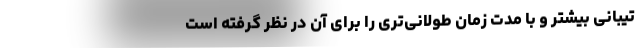
تیبانی‌ بیشتر و با مدت زمان طولانی‌تری را برای آن در نظر گرفته است